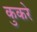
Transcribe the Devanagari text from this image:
कुकरे